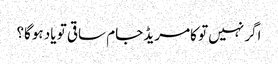
اگر نہیں تو کامریڈ جام ساقی تو یاد ہوگا؟